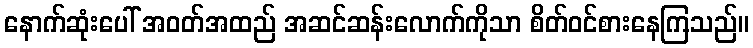
နောက်ဆုံးပေါ် အဝတ်အထည် အဆင်ဆန်းလောက်ကိုသာ စိတ်ဝင်စားနေကြသည်။